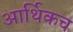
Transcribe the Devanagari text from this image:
आर्थिकच